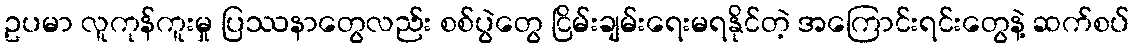
ဥပမာ လူကုန်ကူးမှု ပြဿနာတွေလည်း စစ်ပွဲတွေ ငြိမ်းချမ်းရေးမရနိုင်တဲ့ အကြောင်းရင်းတွေနဲ့ ဆက်စပ်